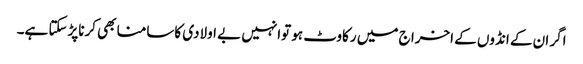
اگر ان کے انڈوں کے اخرا ج میں رکاوٹ ہو توانہیں بے اولادی کاسامنا بھی کرناپڑسکتا ہے۔